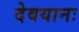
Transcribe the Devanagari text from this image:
देवयानः